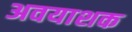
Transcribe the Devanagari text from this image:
अवयाशक